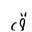
Letter: _qaf